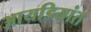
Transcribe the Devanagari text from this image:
आयडियांत